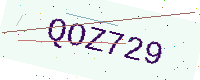
Text: QOZ729